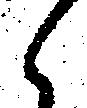
候